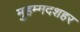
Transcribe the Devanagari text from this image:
मुहम्मदशहर